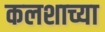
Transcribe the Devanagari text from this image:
कलशाच्या